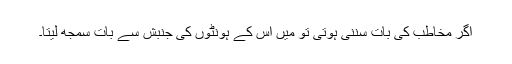
اگر مخاطب کی بات سننی ہوتی تو میں اس کے ہونٹوں کی جنبش سے بات سمجھ لیتا۔